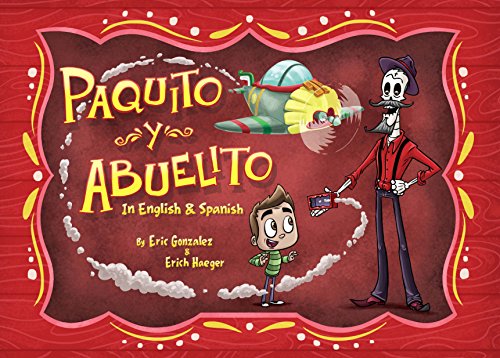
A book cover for Paquito Y Abuelito / Paquito and Grandpa; Erich Haeger; Children's Books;